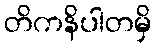
တိကနိပါတမှိ